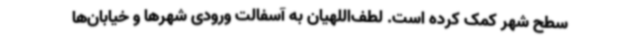
سطح شهر کمک کرده است. لطف‌اللهیان به آسفالت ورودی شهرها و خیابان‌ها